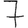
Digit: 7